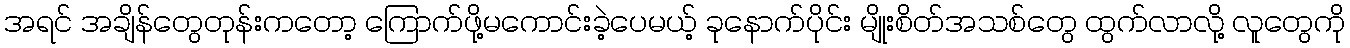
အရင် အချိန်တွေတုန်းကတော့ ကြောက်ဖို့မကောင်းခဲ့ပေမယ့် ခုနောက်ပိုင်း မျိုးစိတ်အသစ်တွေ ထွက်လာလို့ လူတွေကို